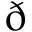
\eth